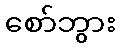
စော်ဘွား